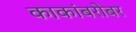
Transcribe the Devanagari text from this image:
काकांबरोबर